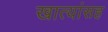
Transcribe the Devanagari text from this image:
खात्यांसह